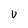
Character: v